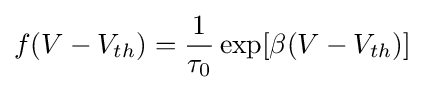
f(V-V_{th})={\frac {1}{\tau _{0}}}\exp[\beta (V-V_{th})]